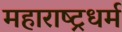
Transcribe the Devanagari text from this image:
महाराष्ट्रधर्म